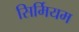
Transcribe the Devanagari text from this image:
सिर्मियम